Annual report on the mental hospital in the Central Provinces and Berar (Nagpur) - 1927-1951
Year: 1927
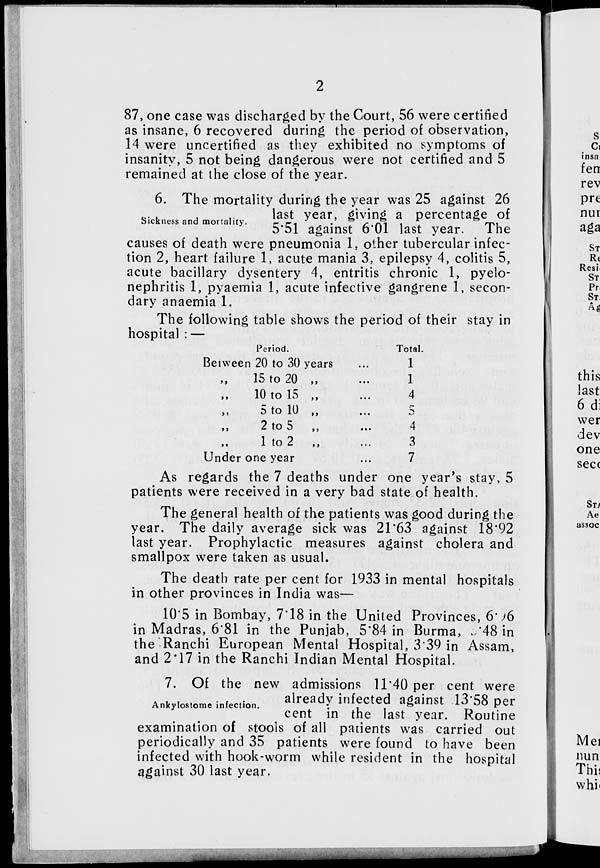
2
87, one case was discharged by the Court, 56 were certified
as insane, 6 recovered during the period of observation,
14 were uncertified as they exhibited no symptoms of
insanity, 5 not being dangerous were not certified and 5
remained at the close of the year.
Sickness and mortality.
6. The mortality during the year was 25 against 26
last year, giving a percentage of
5.51 against 6.01 last year. The
causes of death were pneumonia 1, other tubercular infec-
tion 2, heart failure 1, acute mania 3, epilepsy 4, colitis 5,
acute bacillary dysentery 4, entritis chronic 1, pyelo-
nephritis 1, pyaemia 1, acute infective gangrene 1, secon-
dary anaemia 1.
The following table shows the period of their stay in
hospital : —
Between
„
„
„
„
„
Period.
20 to 30 years
15 to 20 „
10 to 15 „
5 to 10 „
2 to 5 „
1 to 2 „
Under one year
...
...
...
...
...
...
...
Total.
1
1
4
5
4
3
7
As regards the 7 deaths under one year's stay, 5
patients were received in a very bad state of health.
The general health of the patients was good during the
year. The daily average sick was 21.63 against 18.92
last year. Prophylactic measures against cholera and
smallpox were taken as usual.
The death rate per cent for 1933 in mental hospitals
in other provinces in India was—
10.5 in Bombay, 7.18 in the United Provinces, 6.96
in Madras, 6.81 in the Punjab, 5.84 in Burma,3.48 in
the Ranchi European Mental Hospital, 3.39 in Assam,
and 2.17 in the Ranchi Indian Mental Hospital.
Ankylostome infection.
7. Of the new admissions 11.40 per cent were
already infected against 13.58 per
cent in the last year. Routine
examination of stools of all patients was carried out
periodically and 35 patients were found to have been
infected with hook-worm while resident in the hospital
against 30 last year.